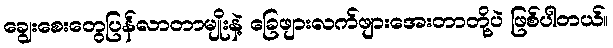
ချွေးစေးတွေပြန်လာတာမျိုးနဲ့ ခြေဖျားလက်ဖျားအေးတာတို့ပဲ ဖြစ်ပါတယ်။